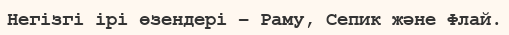
Негізгі ірі өзендері – Раму, Сепик және Флай.